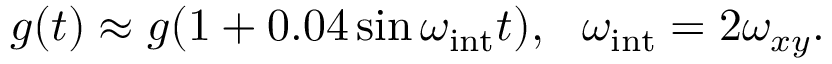
g ( t ) \approx g ( 1 + 0 . 0 4 \sin \omega _ { \mathrm { i n t } } t ) , \, \, \, \, \omega _ { \mathrm { i n t } } = 2 \omega _ { x y } .